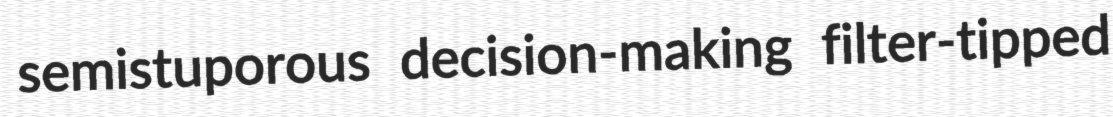
semistuporous decision-making filter-tipped